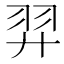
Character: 羿